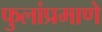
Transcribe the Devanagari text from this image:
फुलांप्रमाणे